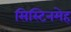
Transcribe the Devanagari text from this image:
सिस्टिनमेह